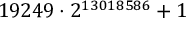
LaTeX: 1 9 2 4 9 \cdot 2 ^ { 1 3 0 1 8 5 8 6 } + 1